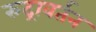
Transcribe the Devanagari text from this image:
रुद्रावर्तन